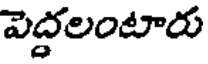
పెద్దలంటారు